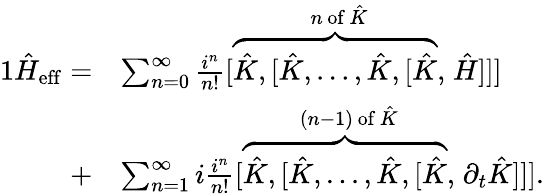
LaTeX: \begin{array}{rl}{{1}\hat{H}_{\mathrm{eff}}=}&{\sum_{n=0}^{\infty}\frac{i^{n}}{n!}[\stackrel{n\, \mathrm{of}\, \hat{K}}{\overbrace{\hat{K},[\hat{K},...,\hat{K},[\hat{K}},}\hat{H}]]]}\\ {+}&{\sum_{n=1}^{\infty}i\frac{i^{n}}{n!}[\stackrel{(n-1)\, \mathrm{of}\, \hat{K}}{\overbrace{\hat{K},[\hat{K},...,\hat{K},[\hat{K}},}\partial_{t}\hat{K}]]].}\end{array}